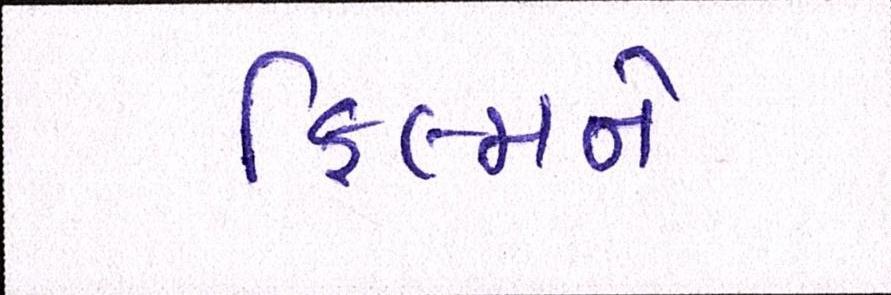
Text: ફિલ્મને